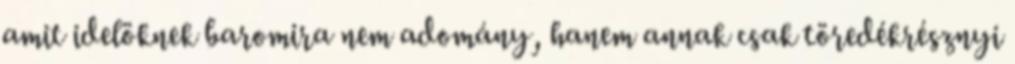
amit idelöknek baromira nem adomány, hanem annak csak töredékrésznyi